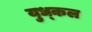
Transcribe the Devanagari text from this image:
युध्कल